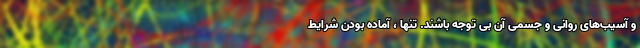
و آسیب‌های روانی و جسمی آن بی توجه باشند. تنها ،‌ آماده بودن شرایط